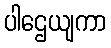
ပါဌေယျကာ